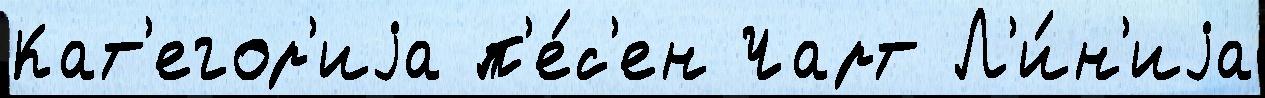
Кат'егор'иjа п'е́с'ен Чарт Л'и́н'иjа